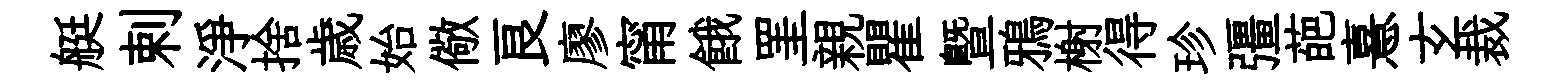
艇剌淨捨歳始儆良廖甯餓罣親瞿曁鴉榭得珍彊葩憙𤣥裁